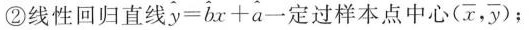
②线性回归直线 $$\widehat { y } = \widehat { b } x + \widehat { a }$$一定过样本点心(\overline{x}, \overline{y})；